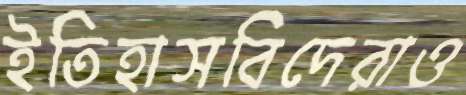
ইতিহাসবিদেরাও